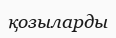
қозыларды